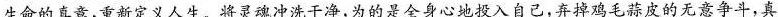
生命的真意，重新定义人生。将灵魂冲洗干净，为的是全身心地投入自己，弃掉鸡毛蒜皮的无意争斗，真